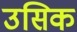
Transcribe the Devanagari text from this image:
उसिक